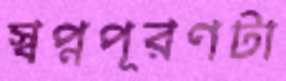
স্বপ্নপূরণটা